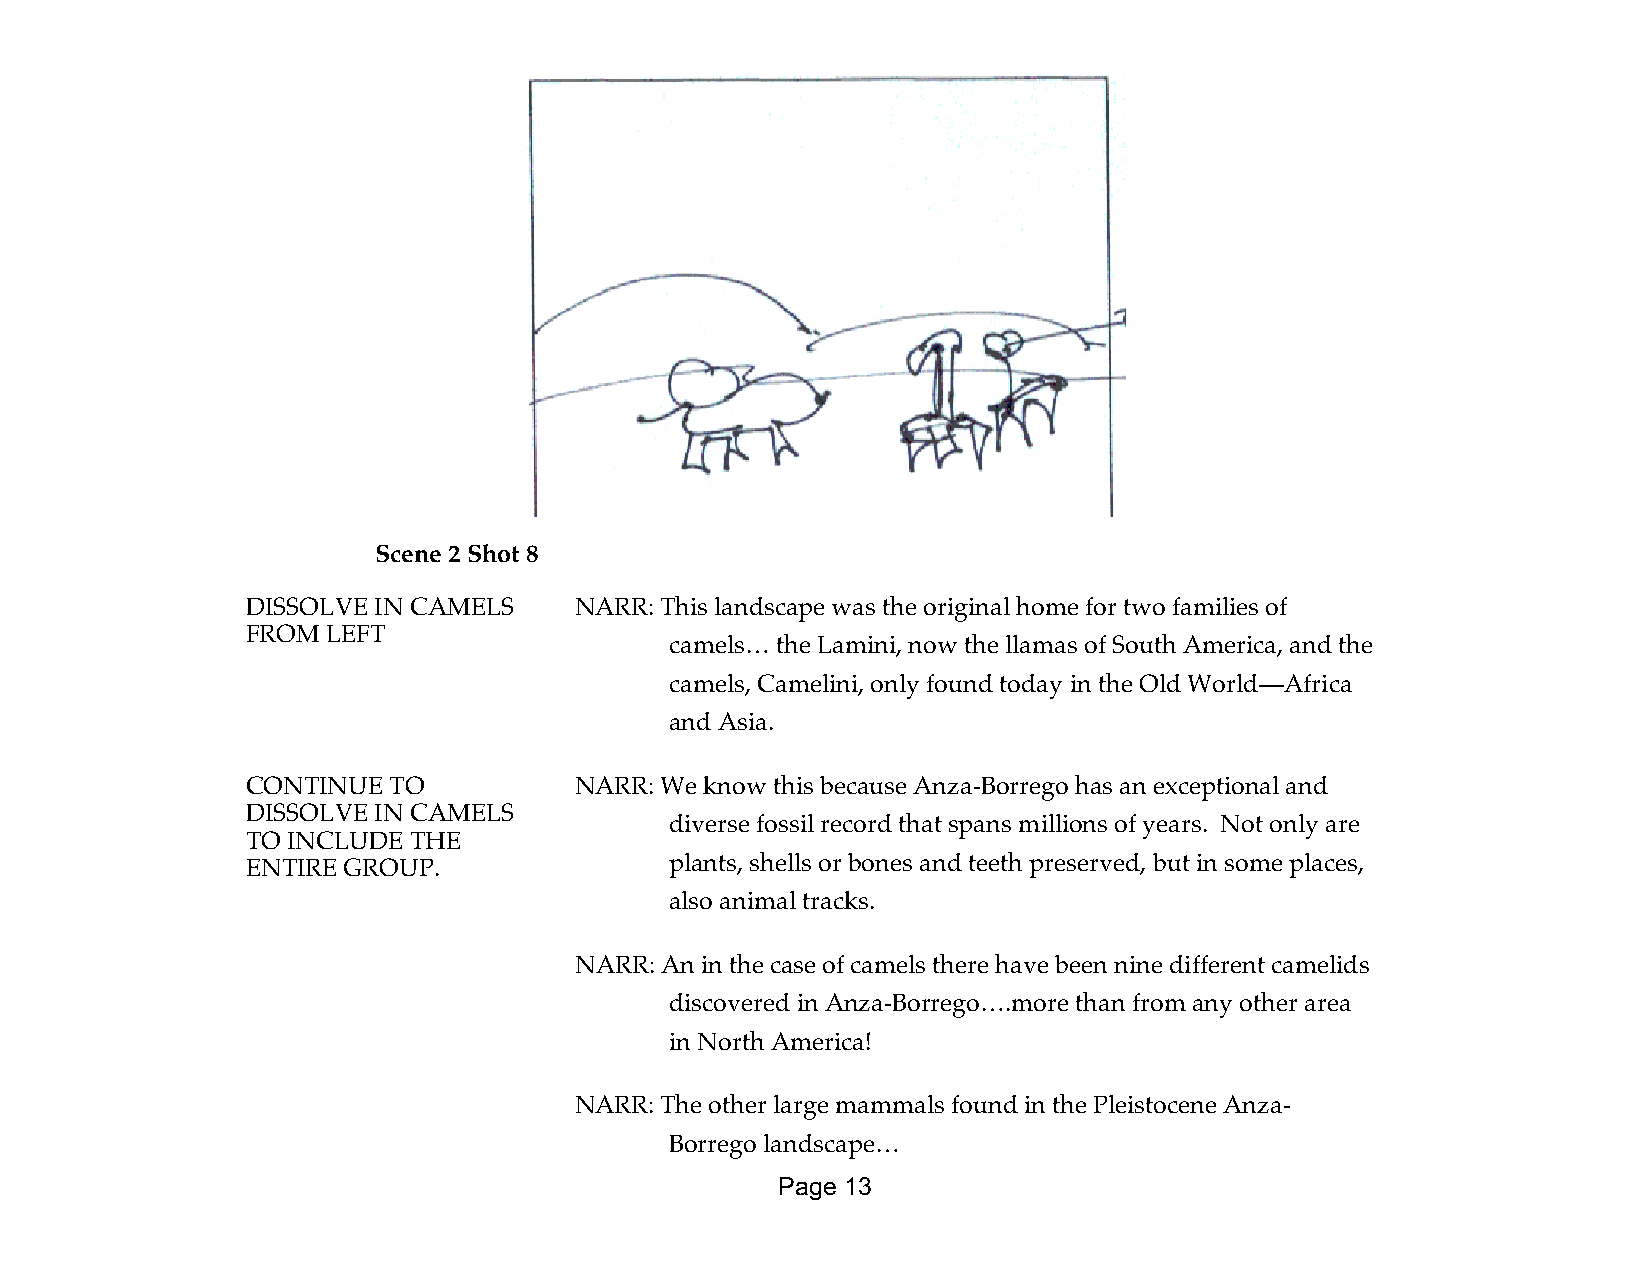
Scene 2 Shot 8
 DISSOLVE IN CAMELS    NARR: This landscape was the original home for two families of
 FROM  LEFT
 camels… the Lamini, now the llamas of South America, and the
 camels, Camelini, only found today in the Old World—Africa
 and Asia.
 CONTINUE  TO          NARR: We know this because Anza-Borrego has an exceptional and
 DISSOLVE IN CAMELS
 diverse fossil record that spans millions of years. Not only are
 TO INCLUDE THE
 ENTIRE GROUP.               plants, shells or bones and teeth preserved, but in some places,
 also animal tracks.
 NARR: An in the case of camels there have been nine different camelids
 discovered in Anza-Borrego….more than from any other area
 in North America!
 NARR: The other large mammals found in the Pleistocene Anza-
 Borrego landscape…
 Page 13